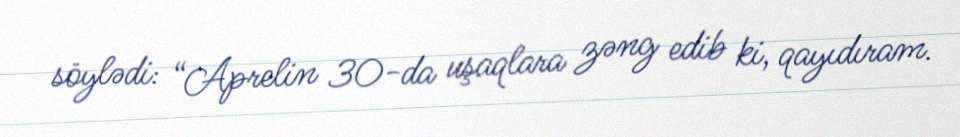
söylədi: “Aprelin 30-da uşaqlara zəng edib ki, qayıdıram.